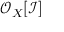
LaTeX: { \mathcal { O } } _ { X } [ { \mathcal { I } } ]